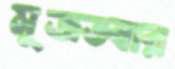
মুজতবার